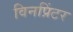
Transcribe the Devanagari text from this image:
विनप्रिंटर